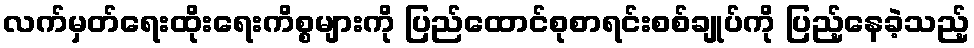
လက်မှတ်ရေးထိုးရေးကိစ္စများကို ပြည်ထောင်စုစာရင်းစစ်ချုပ်ကို ပြည့်နေခဲ့သည့်